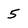
Character: 5